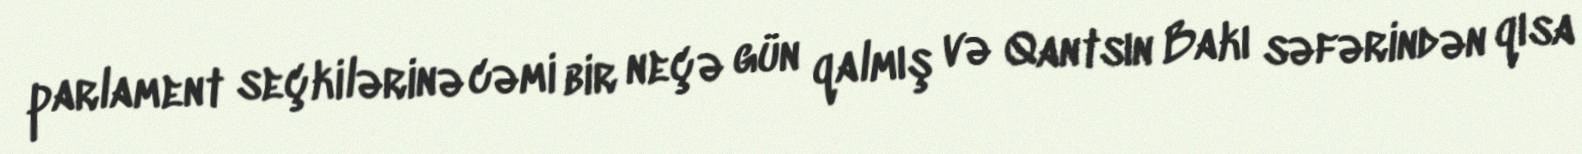
parlament seçkilərinə cəmi bir neçə gün qalmış və Qantsın Bakı səfərindən qısa